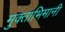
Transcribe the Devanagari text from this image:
मुक्ताभिमानी